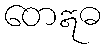
တေဣဓ